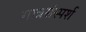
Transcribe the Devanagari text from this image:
गात्रसंस्पर्श